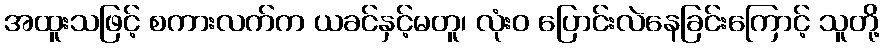
အထူးသဖြင့် စကားလက်က ယခင်နှင့်မတူ၊ လုံးဝ ပြောင်းလဲနေခြင်းကြောင့် သူတို့